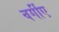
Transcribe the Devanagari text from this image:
वर्गीए